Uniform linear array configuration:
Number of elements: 24
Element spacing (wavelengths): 1
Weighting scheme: blackman
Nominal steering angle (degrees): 30
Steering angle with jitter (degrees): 31.578
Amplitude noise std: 0.05
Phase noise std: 0.05

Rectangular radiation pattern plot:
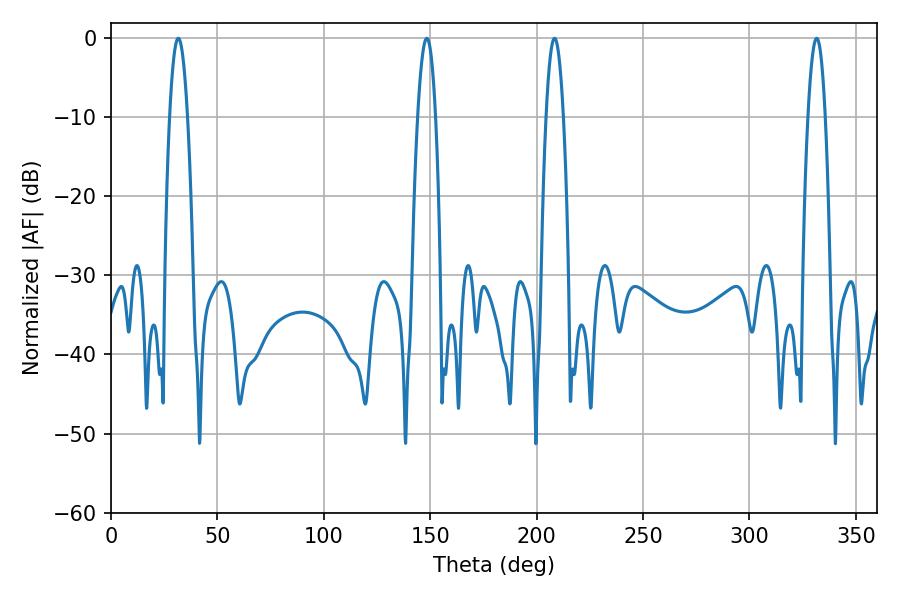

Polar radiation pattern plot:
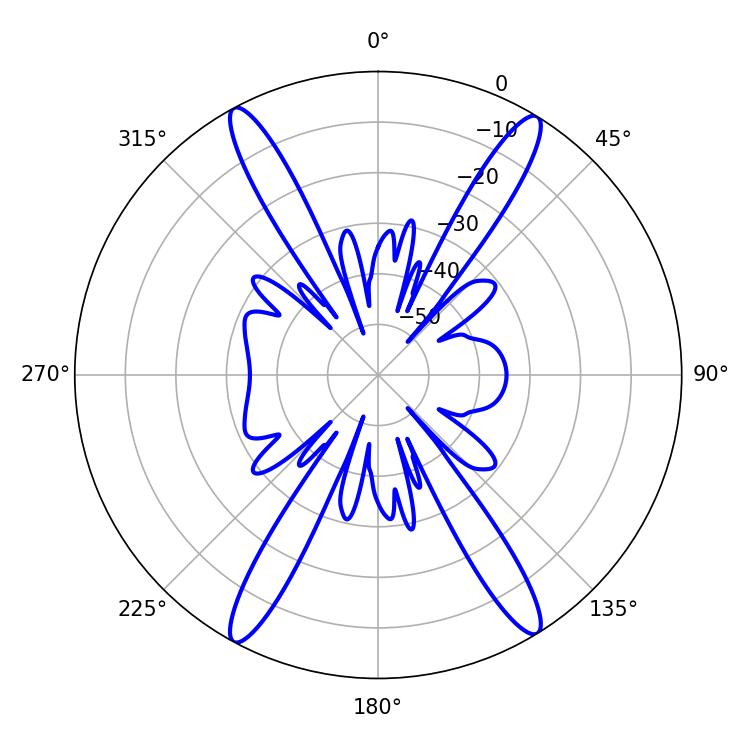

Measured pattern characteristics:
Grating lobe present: TRUE
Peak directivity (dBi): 22.652
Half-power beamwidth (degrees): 4.32
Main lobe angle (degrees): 208.44